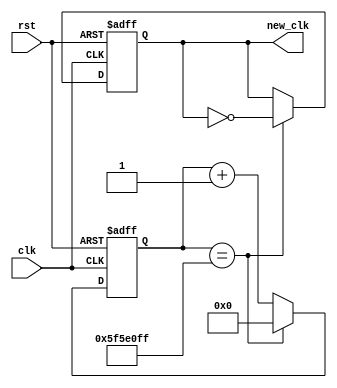
`timescale 1ns / 1ps

// clock divider
// Want to reduce 100 MHz to 1 Hz
module clk_divider(
    input wire clk,
    input wire rst,
    output reg new_clk
    );
	  
	localparam DIV_FACTOR = 100000000;
	
	reg [26:0] counter; // 26 bits for modulo-50k counter

	// module-50k counter
	always @ (posedge(clk) or posedge(rst)) 
	begin
		if (rst == 1'b1)
			counter <= 27'b0;
		else if (counter == DIV_FACTOR - 1)
			counter <= 27'b0;
		else
			counter <= counter + 27'b1;
	end
	
	// comparator
	always @ (posedge(clk) or posedge(rst))
	begin
		if (rst == 1'b1)
			new_clk <= 1'b0;
		else if (counter == DIV_FACTOR - 1)
			new_clk <= ~new_clk;
		else
			new_clk <= new_clk;		
	end

endmodule